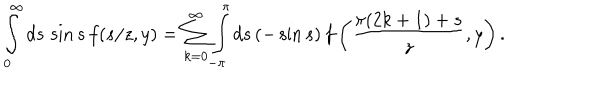
LaTeX: \int _ { 0 } ^ { \infty } d s \, \sin s \, f ( s / z , y ) = \sum _ { k = 0 } ^ { \infty } \int _ { - \pi } ^ { \pi } d s \, ( - \sin s ) \, f \left( \frac { \pi ( 2 k + 1 ) + s } z , y \right) .